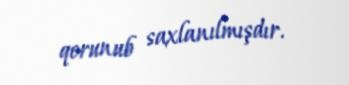
qorunub saxlanılmışdır.